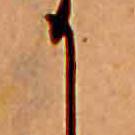
か